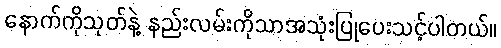
နောက်ကိုသုတ်နဲ့ နည်းလမ်းကိုသာအသုံးပြုပေးသင့်ပါတယ်။